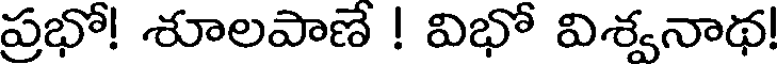
ప్రభో! శూలపాణే ! విభో విశ్వనాథ!